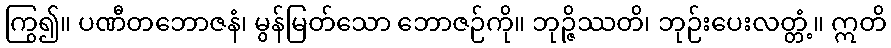
ကြွ၍။ ပဏီတဘောဇနံ၊ မွန်မြတ်သော ဘောဇဉ်ကို။ ဘုဉ္ဇိဿတိ၊ ဘုဉ်းပေးလတ္တံ့။ ဣတိ